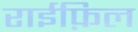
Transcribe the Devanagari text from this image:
राईफ़िल